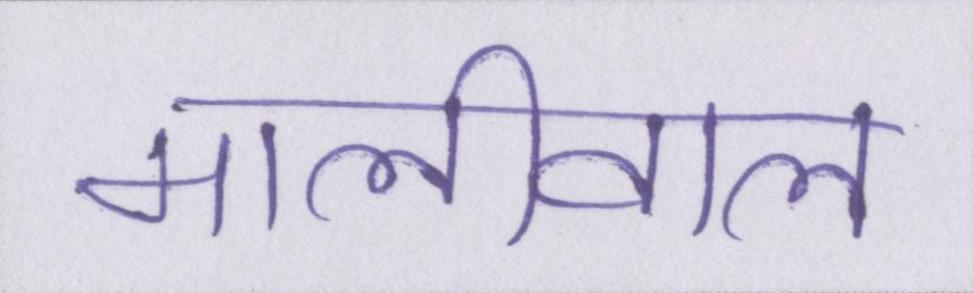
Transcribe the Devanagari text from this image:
मालीवाल